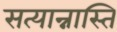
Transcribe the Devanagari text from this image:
सत्यान्नास्ति